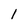
Character: l